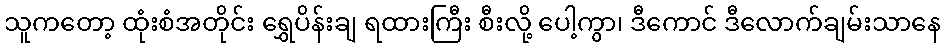
သူကတော့ ထုံးစံအတိုင်း ရွှေပိန်းချ ရထားကြီး စီးလို့ ပေါ့ကွာ၊ ဒီကောင် ဒီလောက်ချမ်းသာနေ